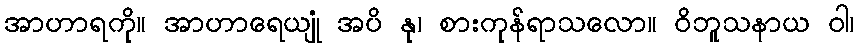
အာဟာရကို။ အာဟာရေယျုံ အပိ နု၊ စားကုန်ရာသလော။ ဝိဘူသနာယ ဝါ၊